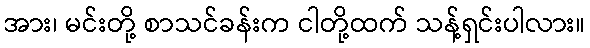
အား၊ မင်းတို့ စာသင်ခန်းက ငါတို့ထက် သန့်ရှင်းပါလား။